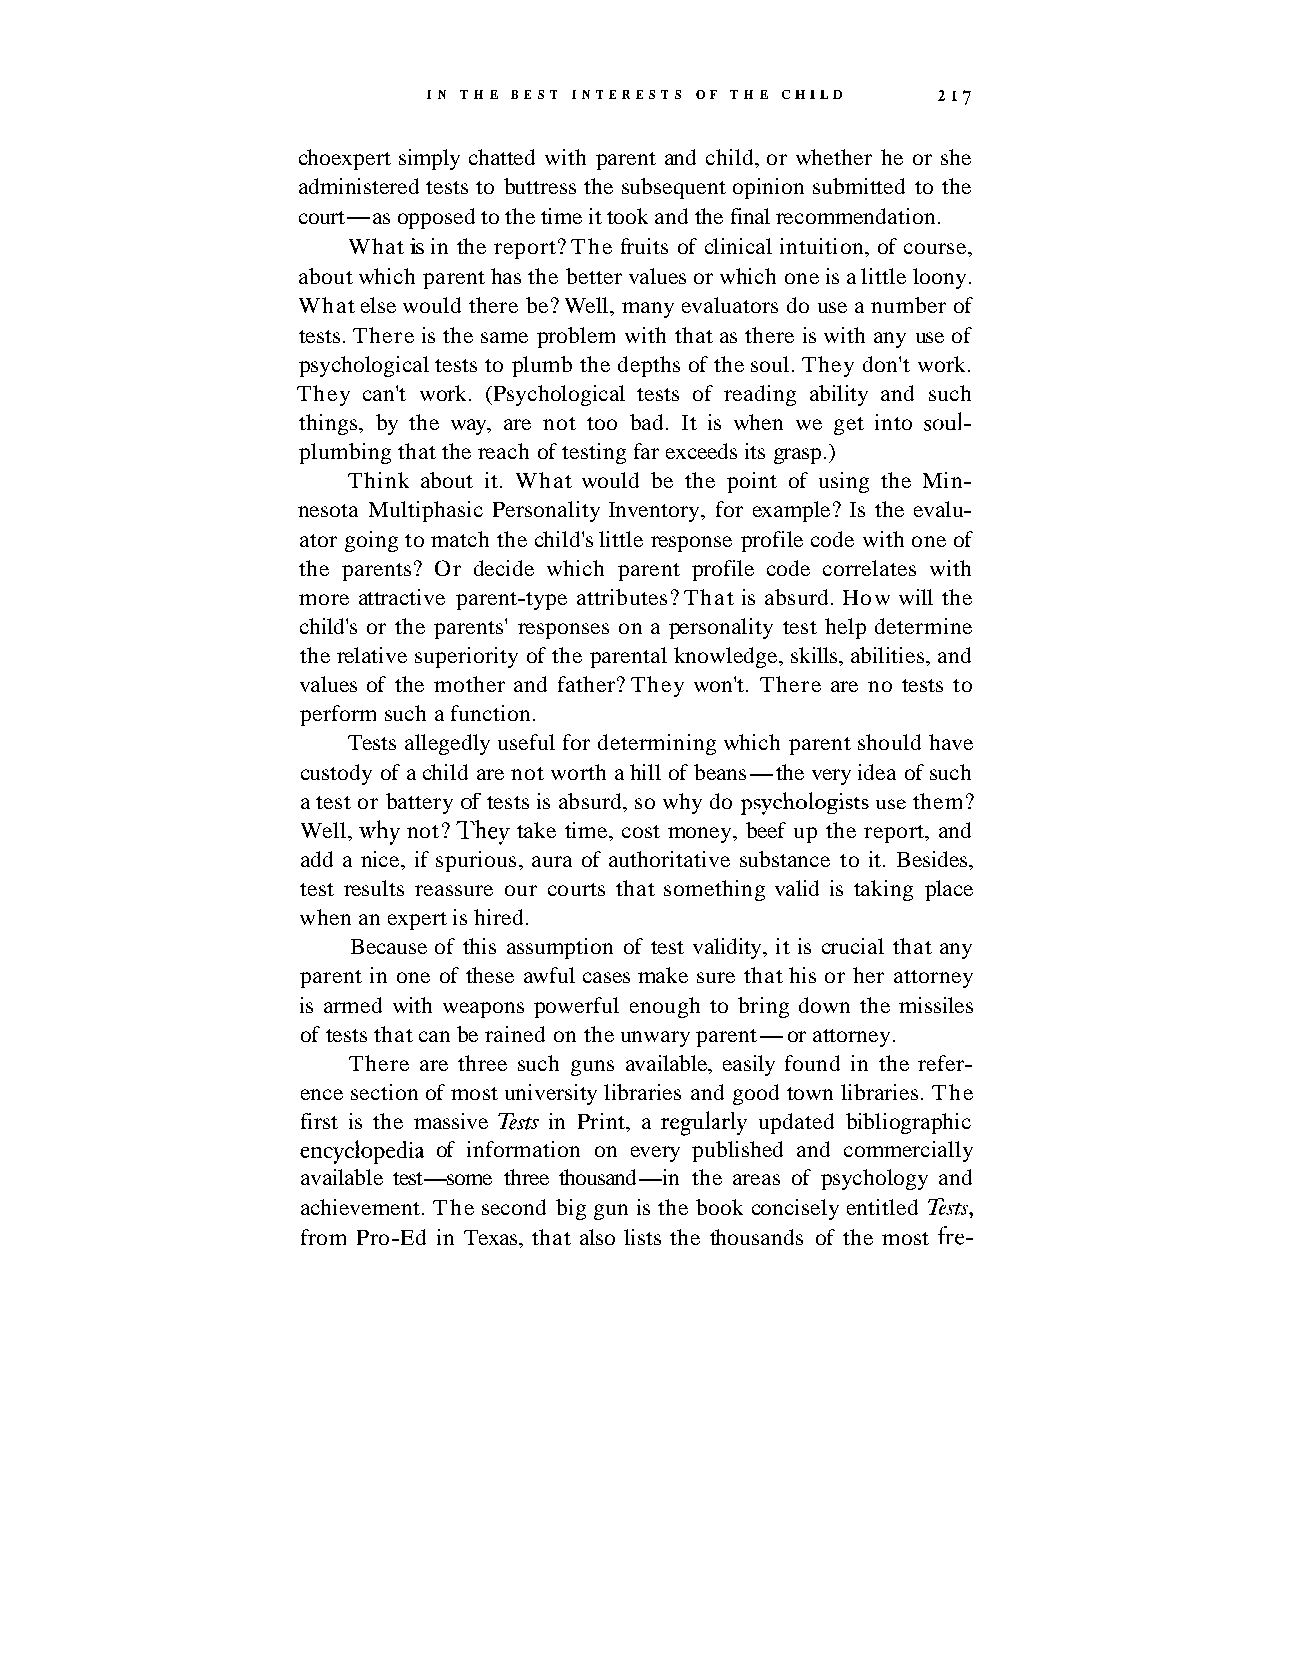
I N THE BEST INTERESTS OF THE CHILD 217
 choexpert simply chatted with parent and child, or whether he or she
 administered tests to buttress the subsequent opinion submitted to the
 court-as opposed to the time it took and the final recommendation.
 What is in the report? The fruits of clinical intuition, of course,
 about which parent has the better values or which one is a little loony.
 What else would there be? Well, many evaluators do use a number of
 tests. There is the same problem with that as there is with any use of
 psychological tests to plumb the depths of the soul. They don't work.
 They can't work. (Psychological tests of reading ability and such
 things, by the way, are not too bad. It is when we get into soul-
 plumbing that the reach of testing far exceeds its grasp.)
 Think about it. What would be the point of using the Min-
 nesota Multiphasic Personality Inventory, for example? Is the evalu-
 ator going to match the child's little response profile code with one of
 the parents? Or decide which parent profile code correlates with
 more attractive parent-type attributes? That is absurd. How will the
 child's or the parents' responses on a personality test help determine
 the relative superiority of the parental knowledge, skills, abilities, and
 values of the mother and father? They won't. There are no tests to
 perform such a function.
 Tests allegedly useful for determining which parent should have
 custody of a child are not worth a hill of beans-the very idea of such
 a test or battery of tests is absurd, so why do psychologists use them?
 Well, why not? They take time, cost money, beef up the report, and
 add a nice, if spurious, aura of authoritative substance to it. Besides,
 test results reassure our courts that something valid is taking place
 when an expert is hired.
 Because of this assumption of test validity, it is crucial that any
 parent in one of these awful cases make sure that his or her attorney
 is armed with weapons powerful enough to bring down the missiles
 of tests that can be rained on the unwary parent-or attorney.
 There are three such guns available, easily found in the refer-
 ence section of most university libraries and good town libraries. The
 first is the massive Tests in Print, a regularly updated bibliographic
 encyclopedia of information on every published and commercially
 available test-some three thousand-in the areas of psychology and
 achievement. The second big gun is the book concisely entitled Tests,
 from Pro-Ed in Texas, that also lists the thousands of the most fre-